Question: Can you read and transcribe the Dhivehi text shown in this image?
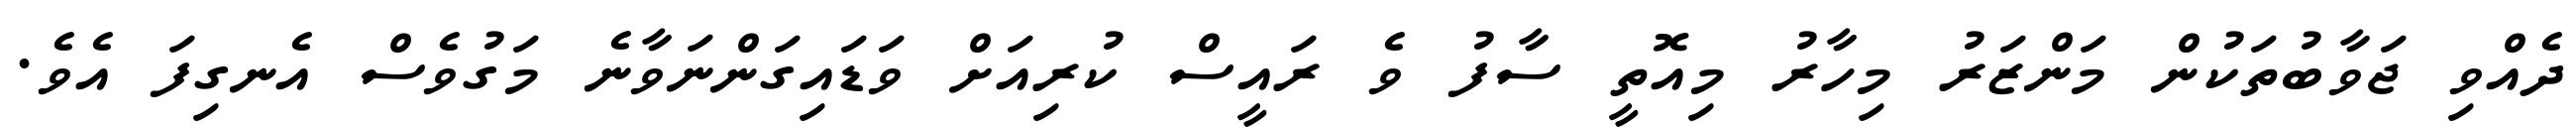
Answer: ދެއްވި ޖަވާބުތަކުން މަންޒަރު މިހާރު މިއޮތީ ސާފު ވެ ރައީސް ކުރިއަށް ވަޑައިގަންނަވާނެ މަގުވެސް އެނގިފަ އެވެ.